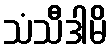
သံသီဒါမိ